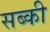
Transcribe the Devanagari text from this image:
सब्की